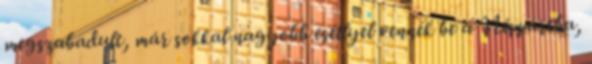
megszabadult, már sokkal nagyobb eséllyel vennék be a Néppártba,